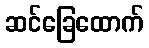
ဆင်ခြေထောက်